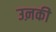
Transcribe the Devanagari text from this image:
उऩकी